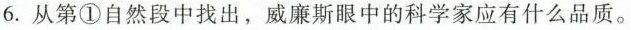
6.从第①自然段中找出，威廉斯眼中的科学家应有什么品质。